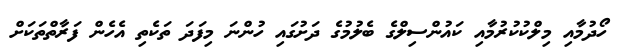
ހޯދުމާއި މިލްކުކުރުމާއި ކައުންސިލްގެ ބެލުމުގެ ދަށުގައި ހުންނަ މިފަދަ ތަކެތި އެހެން ފަރާތްތަކަށް